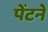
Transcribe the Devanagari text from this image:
पेंटने